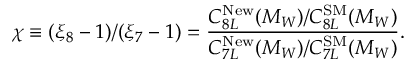
\chi \equiv ( \xi _ { 8 } - 1 ) / ( \xi _ { 7 } - 1 ) = \frac { C _ { 8 L } ^ { \mathrm { N e w } } ( M _ { W } ) / C _ { 8 L } ^ { \mathrm { S M } } ( M _ { W } ) } { C _ { 7 L } ^ { \mathrm { N e w } } ( M _ { W } ) / C _ { 7 L } ^ { \mathrm { S M } } ( M _ { W } ) } .